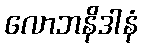
လောဘနိဒါနံ